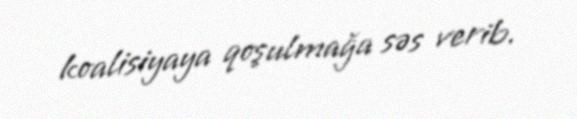
koalisiyaya qoşulmağa səs verib.